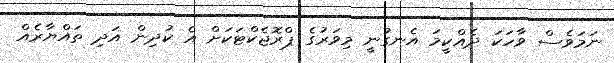
ނަމަވެސް ވާހަކަ ދެއްކީމަ އެނގުނީ މިވަރުގެ ޕްރޮޖެކްޓަކަށް އެ ކުދިން އަދި ތައްޔާރެއް